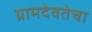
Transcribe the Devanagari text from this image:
ग्रामदेवतेचा